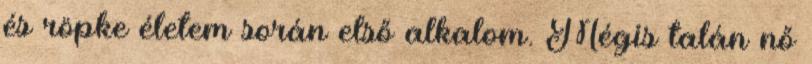
és röpke életem során első alkalom. Mégis talán nő